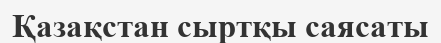
Қазақстан сыртқы саясаты